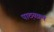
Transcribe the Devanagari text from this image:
पाठ़यक्रम